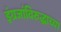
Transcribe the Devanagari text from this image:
इंग्रजांविरुद्धाच्या